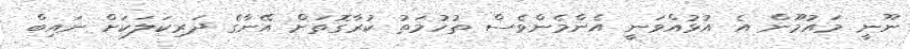
ނޫނީ މައުމޫން އެ އުޅުއްވަނީ އެންމެންވެސް ތުހުމަތު ކުރާގޮތަށް އޭނާގެ ދަރިކަލަކަށް ނައިބް